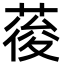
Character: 𮐒